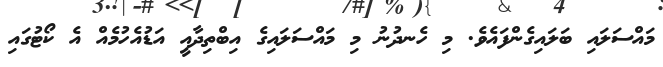
މައްސަލައި ބަލައިގެންފައެވެ. މި ހެނދުނު މި މައްސަލައިގެ އިބްތިދާއީ އަޑުއެހުމެއް އެ ކޯޓުގައި